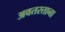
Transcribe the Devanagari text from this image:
अवतरताना